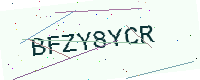
Text: BFZY8YCR